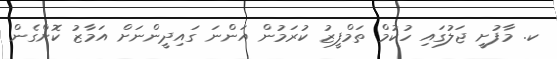
ކ. މާފުށީ ޖަލުގައި ހުކުމް ތަމްފީޒު ކުރަމުން އަންނަ ގައިދީންނަށް އަމާޒު ކޮށްގެން